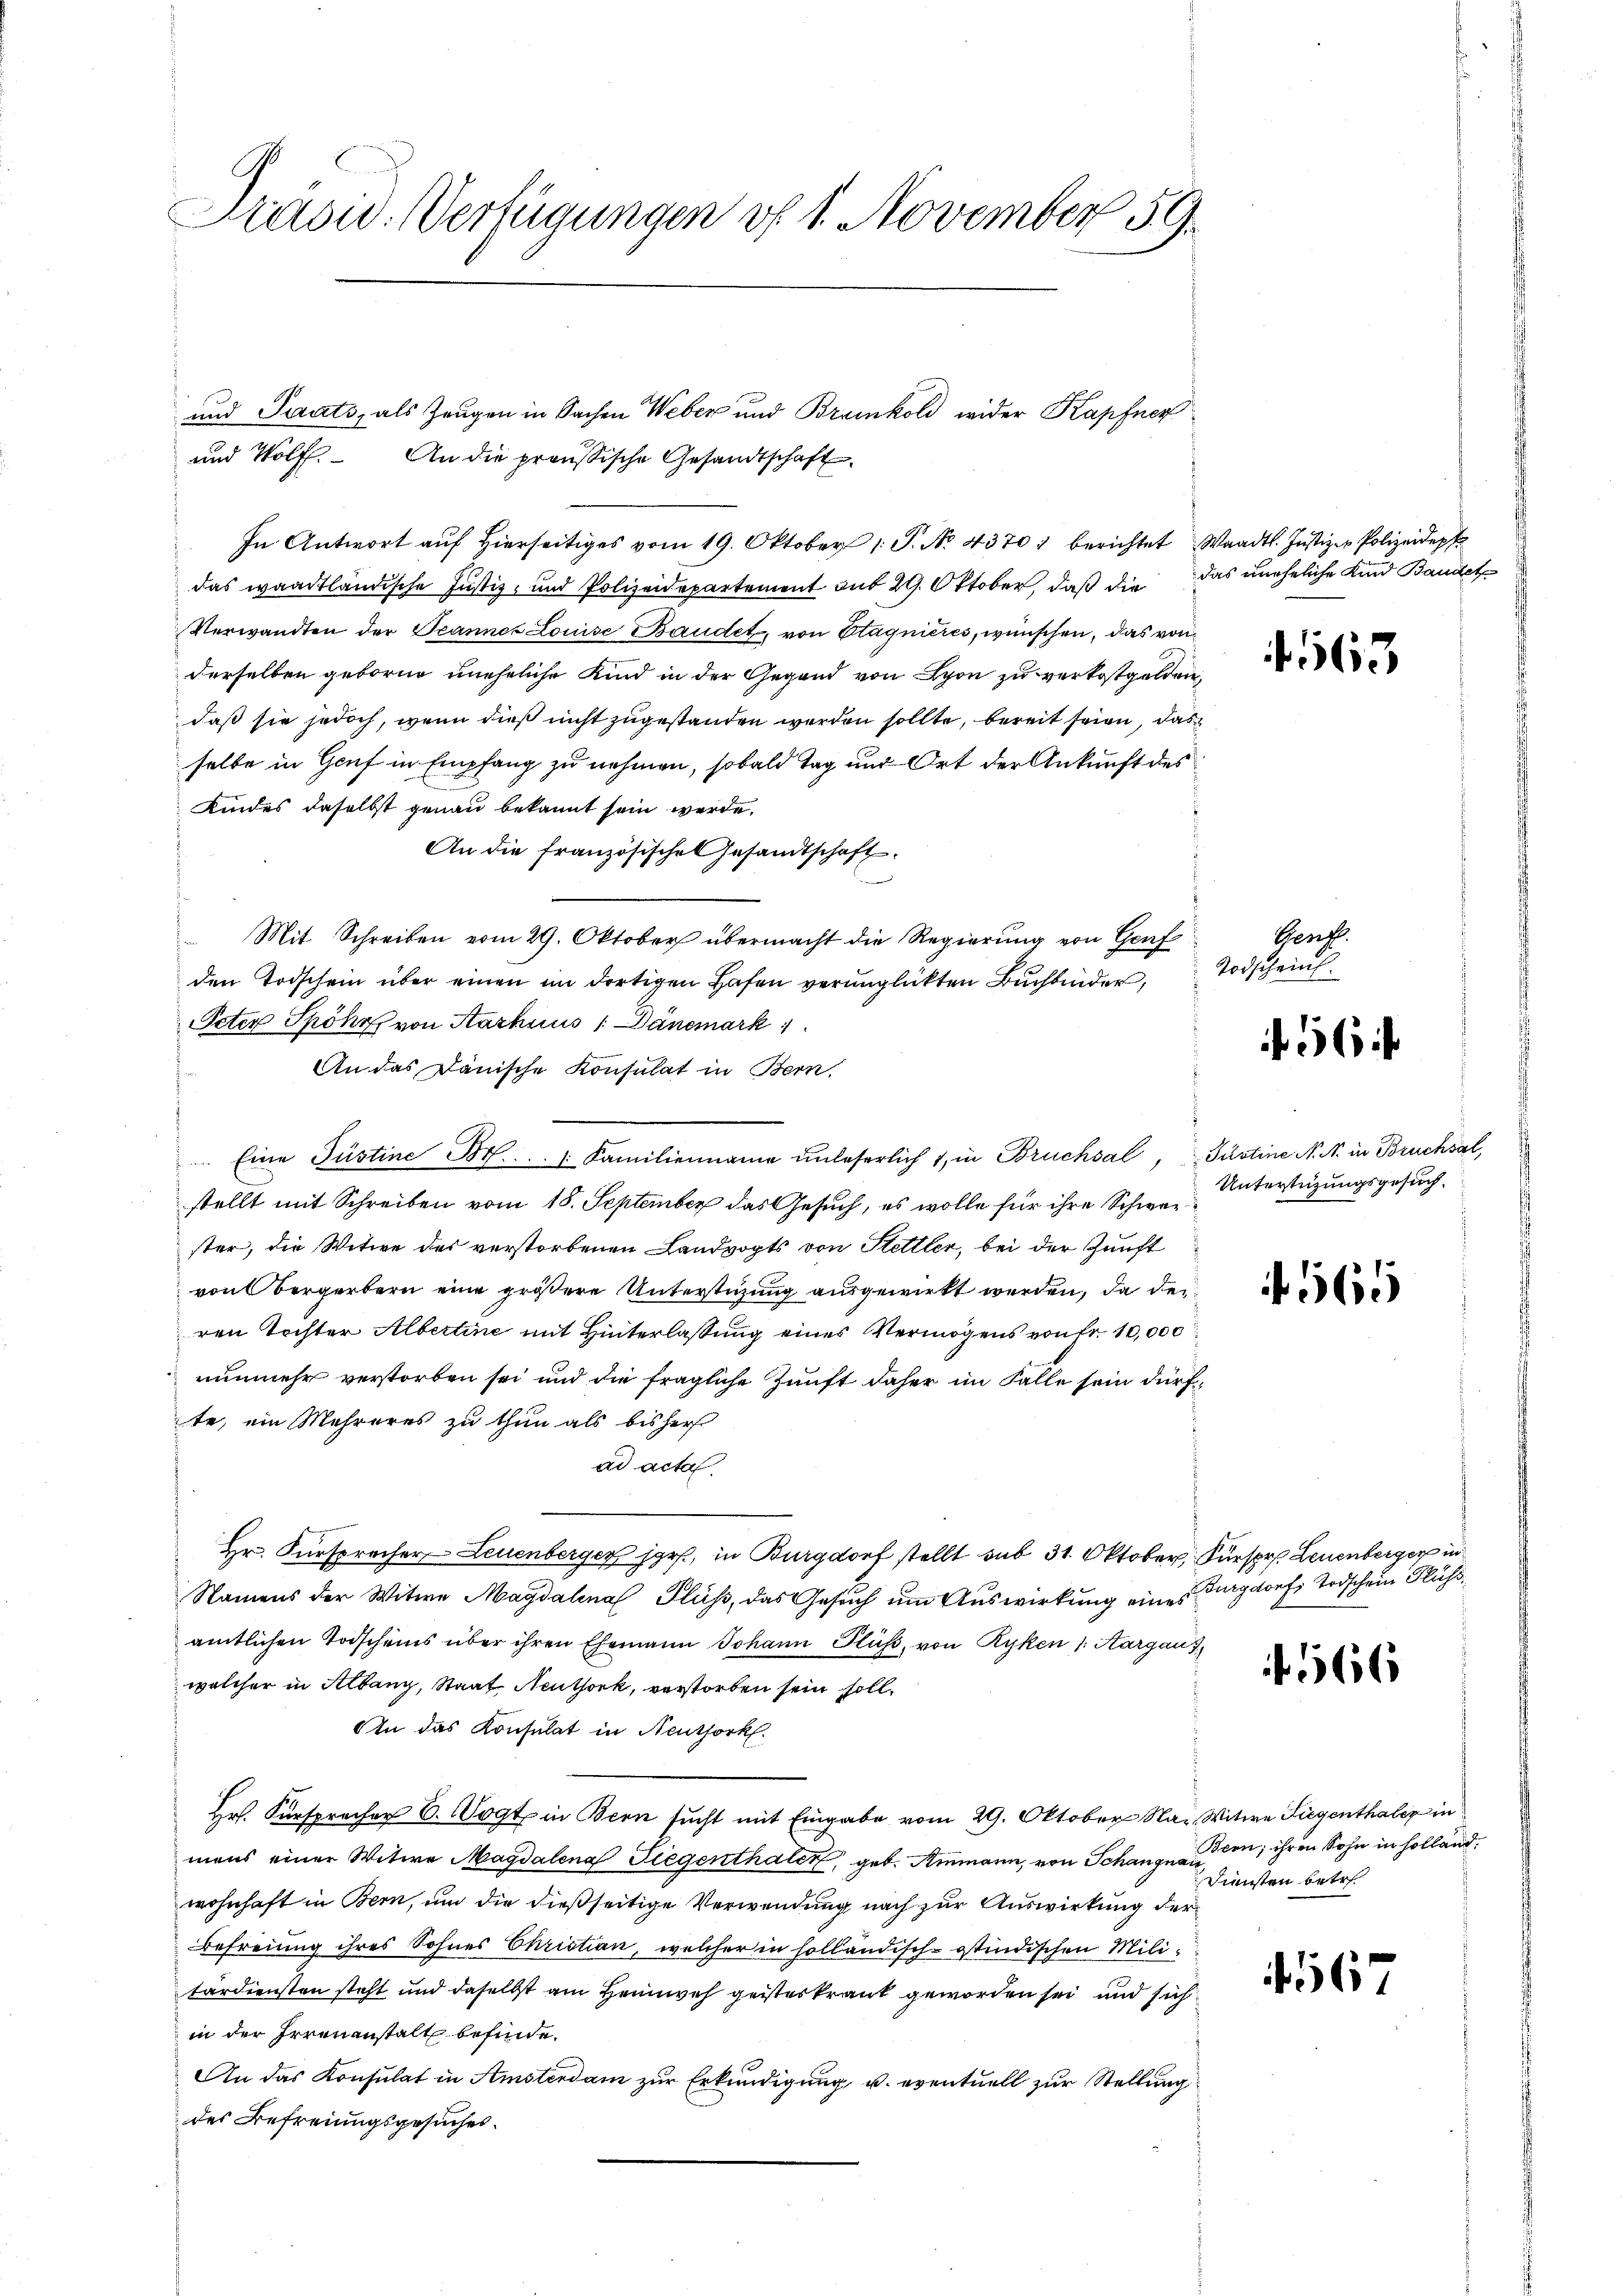
Präsid. Verfügungen vf 1. November 59.

und Wolf. An die proussische Gesandtschaft
In Antwort aŭf hierseitiges vom 19. Oktober 1 P. No. 4370 berichtet Waadt. Justiz - Polizeidep
das waadtländische Justiz- und Polizeidepartement aus 29. Oktober, daß die das uneheliche Kind Bandet
Verwandten der Beannes Louise Baudet, von Etagnieres, wünschen, das von
derselben geborne uneheliche Kind in der Gegend von Lyon zu verkostgelden,
daß sie jedoch, wenn dieß nicht zugestanden werden sollte, bereit seien, das
selbe in Genf in Empfang zu nehmen, sobald Tag und Ort der Ankunft des
Kindes daselbst genau bekannt sein werde.
An die französische Gesandtschaft
Mit Schreiben vom 29. Oktober übermacht die Regierung von Genf
den Todschein über einen im dortigen Hafen verunglückten Buchbinder,
Peter Spöhr von Karhius / Dänemark
An das Dänische Konsulat in Bern,
 Eine Justine Br. ..   Familienmama unleserlich 1, in Bruchsal, Justine N. N. in Bruchsal,
stellt mit Schreiben vom 18. September das Gesuch, es wolle für ihre Schwerster, die Witwe des verstorbenen Landvogts von Stettler, bei der Zunft
von Bergerbern eine größere Unterstüzung ausgewirkt werden, da dei
ren Tochter Albertine mit Hinterlassung eines Vermögens von Fr. 10,000
nunmehr verstorben sei und die fragliche Zunft daher im Falle sein dürfte, ein Mehreres zu thun als bisher
ad acta.
Hr. Fürspracher Leuenberger jors, in Burgdorf stellt sub 31. Oktober, Fürspr. Leuenberger in
Namens der Witwe Magdalena Fluss, das Gesŭch ŭm Aŭswirkung eines Burgdorfs Todschein Fluss,
amtlichen Todscheins über ihren Ehemann Johann Fluss, von Ryken /: Aargau,
welcher in Albany, Staat Neuthork, verstorben sein soll.
An das Konsulat in Neuthork
Hr. Fürspracher 6. Vogt in Bern sucht mit Eingabe vom 29. Oktober N., Witwe Siegenthaler in
mens einer Witwe Magdalena Siegenthaler, geb. Ammann, von Schangnau
wohnhaft in Bern, um die dießseitige Verwendung nach zur Auswirkung der
Befreiung ihres Sohnes Christian, welcher in solländisch-östindischen Militärdiensten steht und daselbst am Heimweh geisterkrank geworden sei und sich
in der Irrenanstalt befinde.
An das Konsulat in Amsterdam zur Erkundigung, u. eventuell zur Stellung
des Befreiungsgesuches.

und Pirats, als Zeugen in Sachen Weber und Braunkold wider Kapfner

1563

Genf.
Todscheint.

f 56 x

Unterstüzungsgesuch.

565

f 566

Bern; ihren Sohn in Holland.
Diensten betr.

67